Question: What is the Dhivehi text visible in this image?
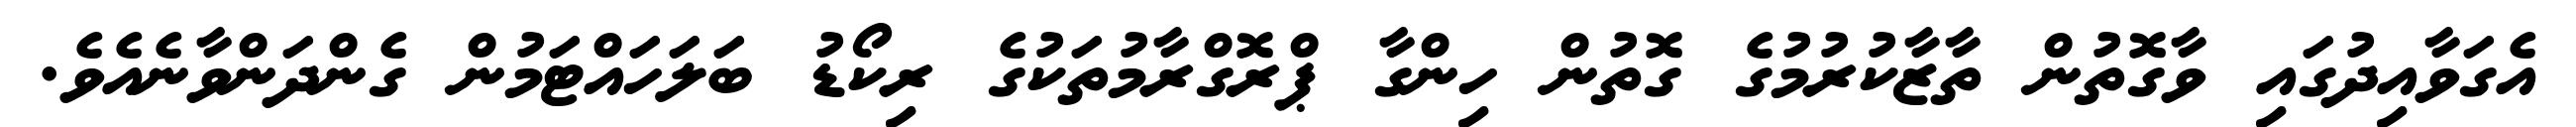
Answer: އެގަވާއިދުގައި ވާގޮތުން ތާޒާކުރުމުގެ ގޮތުން ހިންގާ ޕްރޮގްރާމުތަކުގެ ރިކޯޑު ބަލަހައްޓަމުން ގެންދަންވާނެއެވެ.